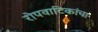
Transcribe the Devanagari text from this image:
रोपवाटिकांचा